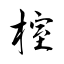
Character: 榁